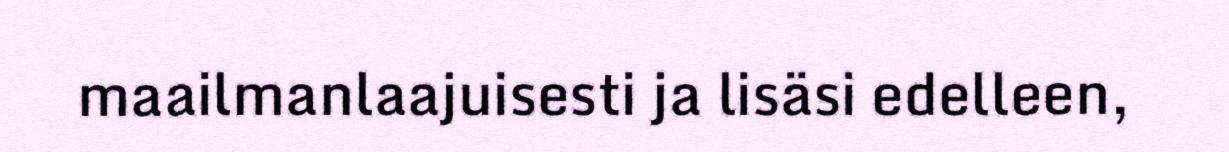
maailmanlaajuisesti ja lisäsi edelleen,